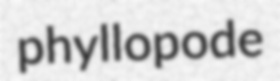
phyllopode